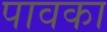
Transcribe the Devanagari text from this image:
पावका